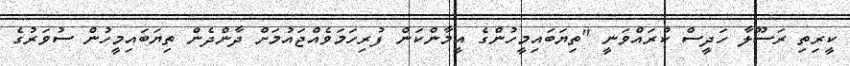
ކީރިތި ރަސޫލާ ހަދީސް ކުރައްވަނީ "ތިޔަބައިމީހުންގެ އީމާންކަން ފުރިހަމަވެއްޖައުމަށް ދާންދެން ތިޔަބައިމީހުން ސުވަރުގެ